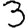
Digit: 3